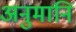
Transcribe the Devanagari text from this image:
अनुमानि